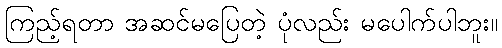
ကြည့်ရတာ အဆင်မပြေတဲ့ ပုံလည်း မပေါက်ပါဘူး။